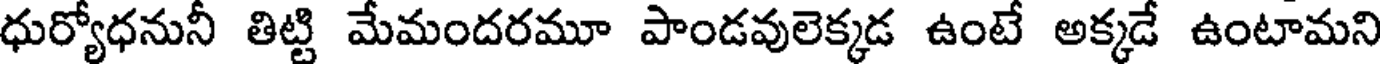
ధుర్యోధనునీ తిట్టి మేమందరమూ పాండవులెక్కడ ఉంటే అక్కడే ఉంటామని